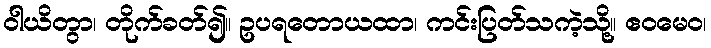
ဝါယိတွာ၊ တိုက်ခတ်၍။ ဥပရတောယထာ၊ ကင်းပြတ်သကဲ့သို့။ ဧဝမေဝ၊